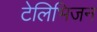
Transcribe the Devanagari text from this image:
टेलिभिजन